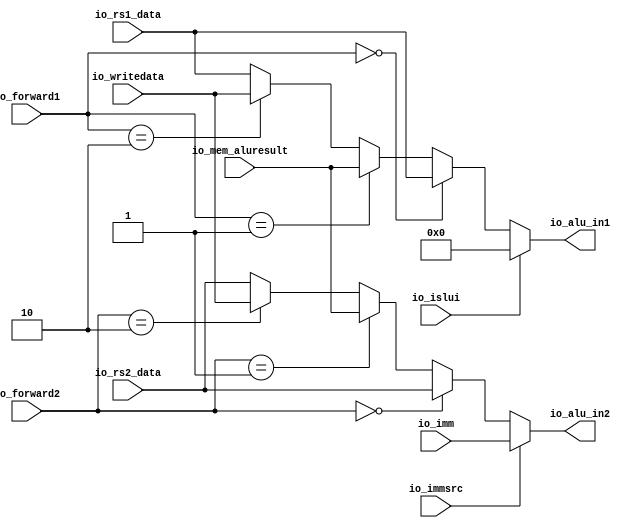
module AluSelect(
  input  [31:0] io_rs1_data,
  input  [31:0] io_rs2_data,
  input  [31:0] io_imm,
  input  [31:0] io_mem_aluresult,
  input  [31:0] io_writedata,
  input         io_immsrc,
  input         io_islui,
  input  [1:0]  io_forward1,
  input  [1:0]  io_forward2,
  output [31:0] io_alu_in1,
  output [31:0] io_alu_in2
);
  wire  _select1_T = io_forward1 == 2'h0; // @[aluselect.scala 21:18]
  wire  _select1_T_1 = io_forward1 == 2'h1; // @[aluselect.scala 22:18]
  wire  _select1_T_2 = io_forward1 == 2'h2; // @[aluselect.scala 23:18]
  wire [31:0] _select1_T_3 = _select1_T_2 ? io_writedata : io_rs1_data; // @[Mux.scala 101:16]
  wire [31:0] _select1_T_4 = _select1_T_1 ? io_mem_aluresult : _select1_T_3; // @[Mux.scala 101:16]
  wire [31:0] select1 = _select1_T ? io_rs1_data : _select1_T_4; // @[Mux.scala 101:16]
  wire  _select2_T = io_forward2 == 2'h0; // @[aluselect.scala 29:18]
  wire  _select2_T_1 = io_forward2 == 2'h1; // @[aluselect.scala 30:18]
  wire  _select2_T_2 = io_forward2 == 2'h2; // @[aluselect.scala 31:18]
  wire [31:0] _select2_T_3 = _select2_T_2 ? io_writedata : io_rs2_data; // @[Mux.scala 101:16]
  wire [31:0] _select2_T_4 = _select2_T_1 ? io_mem_aluresult : _select2_T_3; // @[Mux.scala 101:16]
  wire [31:0] select2 = _select2_T ? io_rs2_data : _select2_T_4; // @[Mux.scala 101:16]
  assign io_alu_in1 = io_islui ? 32'h0 : select1; // @[aluselect.scala 25:20]
  assign io_alu_in2 = io_immsrc ? io_imm : select2; // @[aluselect.scala 33:20]
endmodule
module ALU(
  input  [31:0] io_alu_in1,
  input  [31:0] io_alu_in2,
  input  [3:0]  io_aluop,
  output        io_zero,
  output [31:0] io_alu_result
);
  wire [31:0] add_result = io_alu_in1 + io_alu_in2; // @[alu.scala 13:31]
  wire [31:0] sub_result = io_alu_in1 - io_alu_in2; // @[alu.scala 14:31]
  wire [31:0] xor_result = io_alu_in1 ^ io_alu_in2; // @[alu.scala 15:31]
  wire [31:0] or_result = io_alu_in1 | io_alu_in2; // @[alu.scala 16:30]
  wire [31:0] and_result = io_alu_in1 & io_alu_in2; // @[alu.scala 17:31]
  wire [62:0] _GEN_0 = {{31'd0}, io_alu_in1}; // @[alu.scala 18:31]
  wire [62:0] sll_result = _GEN_0 << io_alu_in2[4:0]; // @[alu.scala 18:31]
  wire [31:0] srl_result = io_alu_in1 >> io_alu_in2[4:0]; // @[alu.scala 19:31]
  wire [31:0] sra_result = $signed(io_alu_in1) >>> io_alu_in2[4:0]; // @[alu.scala 20:60]
  wire  slt_result = $signed(io_alu_in1) < $signed(io_alu_in2); // @[alu.scala 21:38]
  wire  sltu_result = io_alu_in1 < io_alu_in2; // @[alu.scala 22:32]
  wire [31:0] _io_alu_result_T_1 = 4'h0 == io_aluop ? add_result : 32'h0; // @[Mux.scala 81:58]
  wire [31:0] _io_alu_result_T_3 = 4'h1 == io_aluop ? sub_result : _io_alu_result_T_1; // @[Mux.scala 81:58]
  wire [31:0] _io_alu_result_T_5 = 4'h2 == io_aluop ? xor_result : _io_alu_result_T_3; // @[Mux.scala 81:58]
  wire [31:0] _io_alu_result_T_7 = 4'h3 == io_aluop ? or_result : _io_alu_result_T_5; // @[Mux.scala 81:58]
  wire [31:0] _io_alu_result_T_9 = 4'h4 == io_aluop ? and_result : _io_alu_result_T_7; // @[Mux.scala 81:58]
  wire [62:0] _io_alu_result_T_11 = 4'h5 == io_aluop ? sll_result : {{31'd0}, _io_alu_result_T_9}; // @[Mux.scala 81:58]
  wire [62:0] _io_alu_result_T_13 = 4'h6 == io_aluop ? {{31'd0}, srl_result} : _io_alu_result_T_11; // @[Mux.scala 81:58]
  wire [62:0] _io_alu_result_T_15 = 4'h7 == io_aluop ? {{31'd0}, sra_result} : _io_alu_result_T_13; // @[Mux.scala 81:58]
  wire [62:0] _io_alu_result_T_17 = 4'h8 == io_aluop ? {{62'd0}, slt_result} : _io_alu_result_T_15; // @[Mux.scala 81:58]
  wire [62:0] _io_alu_result_T_19 = 4'h9 == io_aluop ? {{62'd0}, sltu_result} : _io_alu_result_T_17; // @[Mux.scala 81:58]
  assign io_zero = io_alu_in1 == io_alu_in2; // @[alu.scala 24:26]
  assign io_alu_result = _io_alu_result_T_19[31:0]; // @[alu.scala 26:17]
endmodule
module TargetGen(
  input  [31:0] io_ex_pc,
  input  [31:0] io_imm,
  input  [31:0] io_alu_result,
  input         io_pcsel,
  input         io_rdsel,
  output [31:0] io_reg_pc,
  output [31:0] io_target_pc
);
  wire [31:0] _io_target_pc_T_1 = io_ex_pc + io_imm; // @[targetgen.scala 17:30]
  wire [31:0] _io_reg_pc_T_3 = io_ex_pc + 32'h4; // @[targetgen.scala 23:27]
  assign io_reg_pc = io_rdsel ? _io_target_pc_T_1 : _io_reg_pc_T_3; // @[targetgen.scala 20:26 21:15 23:15]
  assign io_target_pc = io_pcsel ? io_alu_result : _io_target_pc_T_1; // @[targetgen.scala 14:26 15:18 17:18]
endmodule
module Execute(
  input         clock,
  input         reset,
  input         io_csr_read,
  input         io_csr_write,
  input  [11:0] io_csr_address,
  input  [3:0]  io_ecause_in,
  input         io_exception_in,
  input         io_mret_in,
  input         io_wfi_in,
  input  [31:0] io_ex_pc,
  input  [3:0]  io_aluop,
  input         io_immsrc,
  input         io_isbranch,
  input         io_memread,
  input         io_memwrite,
  input         io_regwrite,
  input  [1:0]  io_memtoreg,
  input         io_pcsel,
  input         io_rdsel,
  input         io_isjump,
  input         io_islui,
  input  [31:0] io_rs1_data,
  input  [31:0] io_rs2_data,
  input  [31:0] io_imm,
  input  [31:0] io_funct3,
  input  [4:0]  io_ex_rs1,
  input  [4:0]  io_ex_rd,
  output [31:0] io_mem_pc,
  output [31:0] io_target_pc,
  input  [31:0] io_csr_read_data,
  input         io_readable,
  input         io_writeable,
  output [31:0] io_csr_read_data_out,
  output        io_csr_write_enable_out,
  output [11:0] io_csr_write_address_out,
  output [31:0] io_csr_write_data_out,
  output [3:0]  io_ecause_out,
  output        io_exception_out,
  output        io_mret_out,
  output        io_wfi_out,
  output [31:0] io_reg_pc,
  output        io_mem_isbranch,
  output        io_mem_isjump,
  output        io_mem_memread,
  output        io_mem_memwrite,
  output        io_mem_regwrite,
  output [1:0]  io_mem_memtoreg,
  output        io_mem_zero,
  output [31:0] io_mem_aluresult,
  output [31:0] io_mem_rs2_data,
  output [2:0]  io_mem_funct3,
  output [4:0]  io_mem_rd,
  input  [31:0] io_writedata,
  input  [1:0]  io_forward1,
  input  [1:0]  io_forward2,
  input         io_ex_mem_flush
);
`ifdef RANDOMIZE_REG_INIT
  reg [31:0] _RAND_0;
  reg [31:0] _RAND_1;
  reg [31:0] _RAND_2;
  reg [31:0] _RAND_3;
  reg [31:0] _RAND_4;
  reg [31:0] _RAND_5;
  reg [31:0] _RAND_6;
  reg [31:0] _RAND_7;
  reg [31:0] _RAND_8;
  reg [31:0] _RAND_9;
  reg [31:0] _RAND_10;
  reg [31:0] _RAND_11;
  reg [31:0] _RAND_12;
  reg [31:0] _RAND_13;
  reg [31:0] _RAND_14;
  reg [31:0] _RAND_15;
  reg [31:0] _RAND_16;
  reg [31:0] _RAND_17;
  reg [31:0] _RAND_18;
  reg [31:0] _RAND_19;
  reg [31:0] _RAND_20;
  reg [31:0] _RAND_21;
`endif // RANDOMIZE_REG_INIT
  wire [31:0] aluSelect_io_rs1_data; // @[execute.scala 69:25]
  wire [31:0] aluSelect_io_rs2_data; // @[execute.scala 69:25]
  wire [31:0] aluSelect_io_imm; // @[execute.scala 69:25]
  wire [31:0] aluSelect_io_mem_aluresult; // @[execute.scala 69:25]
  wire [31:0] aluSelect_io_writedata; // @[execute.scala 69:25]
  wire  aluSelect_io_immsrc; // @[execute.scala 69:25]
  wire  aluSelect_io_islui; // @[execute.scala 69:25]
  wire [1:0] aluSelect_io_forward1; // @[execute.scala 69:25]
  wire [1:0] aluSelect_io_forward2; // @[execute.scala 69:25]
  wire [31:0] aluSelect_io_alu_in1; // @[execute.scala 69:25]
  wire [31:0] aluSelect_io_alu_in2; // @[execute.scala 69:25]
  wire [31:0] alu_io_alu_in1; // @[execute.scala 70:19]
  wire [31:0] alu_io_alu_in2; // @[execute.scala 70:19]
  wire [3:0] alu_io_aluop; // @[execute.scala 70:19]
  wire  alu_io_zero; // @[execute.scala 70:19]
  wire [31:0] alu_io_alu_result; // @[execute.scala 70:19]
  wire [31:0] targetGen_io_ex_pc; // @[execute.scala 71:25]
  wire [31:0] targetGen_io_imm; // @[execute.scala 71:25]
  wire [31:0] targetGen_io_alu_result; // @[execute.scala 71:25]
  wire  targetGen_io_pcsel; // @[execute.scala 71:25]
  wire  targetGen_io_rdsel; // @[execute.scala 71:25]
  wire [31:0] targetGen_io_reg_pc; // @[execute.scala 71:25]
  wire [31:0] targetGen_io_target_pc; // @[execute.scala 71:25]
  reg  mret_out_reg; // @[execute.scala 74:29]
  reg  wfi_out_reg; // @[execute.scala 75:28]
  reg [3:0] ecause_out_reg; // @[execute.scala 76:31]
  reg  exception_out_reg; // @[execute.scala 77:34]
  reg [31:0] csr_read_data_out_reg; // @[execute.scala 78:38]
  reg  csr_write_enable_out_reg; // @[execute.scala 79:41]
  reg [11:0] csr_write_address_out_reg; // @[execute.scala 80:42]
  reg [31:0] csr_write_data_out_reg; // @[execute.scala 81:39]
  reg [31:0] reg_pc_reg; // @[execute.scala 82:27]
  reg [31:0] target_pc_reg; // @[execute.scala 83:30]
  reg [31:0] mem_pc_reg; // @[execute.scala 84:27]
  reg  mem_isbranch_reg; // @[execute.scala 85:33]
  reg  mem_isjump_reg; // @[execute.scala 86:31]
  reg  mem_memread_reg; // @[execute.scala 87:32]
  reg  mem_memwrite_reg; // @[execute.scala 88:33]
  reg  mem_regwrite_reg; // @[execute.scala 89:33]
  reg [1:0] mem_memtoreg_reg; // @[execute.scala 90:33]
  reg  mem_zero_reg; // @[execute.scala 91:29]
  reg [31:0] mem_aluresult_reg; // @[execute.scala 92:34]
  reg [31:0] mem_rs2_data_reg; // @[execute.scala 93:33]
  reg [2:0] mem_funct3_reg; // @[execute.scala 94:31]
  reg [4:0] mem_rd_reg; // @[execute.scala 95:27]
  wire  _aluSelect_io_mem_aluresult_T = mem_memtoreg_reg == 2'h0; // @[execute.scala 104:21]
  wire  _aluSelect_io_mem_aluresult_T_1 = mem_memtoreg_reg == 2'h3; // @[execute.scala 105:21]
  wire [31:0] _aluSelect_io_mem_aluresult_T_2 = _aluSelect_io_mem_aluresult_T_1 ? csr_read_data_out_reg :
    mem_aluresult_reg; // @[Mux.scala 101:16]
  wire [31:0] _csr_write_temp_T = {27'h0,io_ex_rs1}; // @[Cat.scala 31:58]
  wire [31:0] csr_write_temp = io_immsrc ? _csr_write_temp_T : io_rs1_data; // @[execute.scala 124:27]
  wire [31:0] _csr_write_out_T = io_csr_read_data | csr_write_temp; // @[execute.scala 128:35]
  wire [31:0] _csr_write_out_T_2 = ~csr_write_temp; // @[execute.scala 130:37]
  wire [31:0] _csr_write_out_T_3 = io_csr_read_data & _csr_write_out_T_2; // @[execute.scala 130:35]
  wire [31:0] _csr_write_out_T_11 = 32'h2 == io_funct3 ? _csr_write_out_T : csr_write_temp; // @[Mux.scala 81:58]
  wire [31:0] _csr_write_out_T_13 = 32'h6 == io_funct3 ? _csr_write_out_T : _csr_write_out_T_11; // @[Mux.scala 81:58]
  wire  csr_exception = io_csr_read != io_readable | io_csr_write != io_writeable; // @[execute.scala 135:53]
  wire  _ecause_out_reg_T_1 = ~io_exception_in & csr_exception; // @[execute.scala 164:48]
  wire [31:0] _GEN_20 = io_ex_mem_flush ? 32'h0 : io_funct3; // @[execute.scala 138:25 159:24 182:24]
  wire [31:0] _GEN_22 = reset ? 32'h0 : _GEN_20; // @[execute.scala 94:{31,31}]
  AluSelect aluSelect ( // @[execute.scala 69:25]
    .io_rs1_data(aluSelect_io_rs1_data),
    .io_rs2_data(aluSelect_io_rs2_data),
    .io_imm(aluSelect_io_imm),
    .io_mem_aluresult(aluSelect_io_mem_aluresult),
    .io_writedata(aluSelect_io_writedata),
    .io_immsrc(aluSelect_io_immsrc),
    .io_islui(aluSelect_io_islui),
    .io_forward1(aluSelect_io_forward1),
    .io_forward2(aluSelect_io_forward2),
    .io_alu_in1(aluSelect_io_alu_in1),
    .io_alu_in2(aluSelect_io_alu_in2)
  );
  ALU alu ( // @[execute.scala 70:19]
    .io_alu_in1(alu_io_alu_in1),
    .io_alu_in2(alu_io_alu_in2),
    .io_aluop(alu_io_aluop),
    .io_zero(alu_io_zero),
    .io_alu_result(alu_io_alu_result)
  );
  TargetGen targetGen ( // @[execute.scala 71:25]
    .io_ex_pc(targetGen_io_ex_pc),
    .io_imm(targetGen_io_imm),
    .io_alu_result(targetGen_io_alu_result),
    .io_pcsel(targetGen_io_pcsel),
    .io_rdsel(targetGen_io_rdsel),
    .io_reg_pc(targetGen_io_reg_pc),
    .io_target_pc(targetGen_io_target_pc)
  );
  assign io_mem_pc = mem_pc_reg; // @[execute.scala 197:19]
  assign io_target_pc = target_pc_reg; // @[execute.scala 196:22]
  assign io_csr_read_data_out = csr_read_data_out_reg; // @[execute.scala 191:30]
  assign io_csr_write_enable_out = csr_write_enable_out_reg; // @[execute.scala 192:33]
  assign io_csr_write_address_out = csr_write_address_out_reg; // @[execute.scala 193:34]
  assign io_csr_write_data_out = csr_write_data_out_reg; // @[execute.scala 194:31]
  assign io_ecause_out = ecause_out_reg; // @[execute.scala 189:23]
  assign io_exception_out = exception_out_reg; // @[execute.scala 190:26]
  assign io_mret_out = mret_out_reg; // @[execute.scala 187:21]
  assign io_wfi_out = wfi_out_reg; // @[execute.scala 188:20]
  assign io_reg_pc = reg_pc_reg; // @[execute.scala 195:19]
  assign io_mem_isbranch = mem_isbranch_reg; // @[execute.scala 198:25]
  assign io_mem_isjump = mem_isjump_reg; // @[execute.scala 199:23]
  assign io_mem_memread = mem_memread_reg; // @[execute.scala 200:24]
  assign io_mem_memwrite = mem_memwrite_reg; // @[execute.scala 201:25]
  assign io_mem_regwrite = mem_regwrite_reg; // @[execute.scala 202:25]
  assign io_mem_memtoreg = mem_memtoreg_reg; // @[execute.scala 203:25]
  assign io_mem_zero = mem_zero_reg; // @[execute.scala 204:21]
  assign io_mem_aluresult = mem_aluresult_reg; // @[execute.scala 205:26]
  assign io_mem_rs2_data = mem_rs2_data_reg; // @[execute.scala 206:25]
  assign io_mem_funct3 = mem_funct3_reg; // @[execute.scala 207:23]
  assign io_mem_rd = mem_rd_reg; // @[execute.scala 208:19]
  assign aluSelect_io_rs1_data = io_rs1_data; // @[execute.scala 100:25]
  assign aluSelect_io_rs2_data = io_rs2_data; // @[execute.scala 101:25]
  assign aluSelect_io_imm = io_imm; // @[execute.scala 102:20]
  assign aluSelect_io_mem_aluresult = _aluSelect_io_mem_aluresult_T ? reg_pc_reg : _aluSelect_io_mem_aluresult_T_2; // @[Mux.scala 101:16]
  assign aluSelect_io_writedata = io_writedata; // @[execute.scala 107:26]
  assign aluSelect_io_immsrc = io_immsrc; // @[execute.scala 108:23]
  assign aluSelect_io_islui = io_islui; // @[execute.scala 109:22]
  assign aluSelect_io_forward1 = io_forward1; // @[execute.scala 110:25]
  assign aluSelect_io_forward2 = io_forward2; // @[execute.scala 111:25]
  assign alu_io_alu_in1 = aluSelect_io_alu_in1; // @[execute.scala 112:18]
  assign alu_io_alu_in2 = aluSelect_io_alu_in2; // @[execute.scala 113:18]
  assign alu_io_aluop = io_aluop; // @[execute.scala 114:16]
  assign targetGen_io_ex_pc = io_ex_pc; // @[execute.scala 115:22]
  assign targetGen_io_imm = io_imm; // @[execute.scala 116:20]
  assign targetGen_io_alu_result = alu_io_alu_result; // @[execute.scala 117:27]
  assign targetGen_io_pcsel = io_pcsel; // @[execute.scala 118:22]
  assign targetGen_io_rdsel = io_rdsel; // @[execute.scala 119:22]
  always @(posedge clock) begin
    if (reset) begin // @[execute.scala 74:29]
      mret_out_reg <= 1'h0; // @[execute.scala 74:29]
    end else if (io_ex_mem_flush) begin // @[execute.scala 138:25]
      mret_out_reg <= 1'h0; // @[execute.scala 139:18]
    end else begin
      mret_out_reg <= io_mret_in; // @[execute.scala 162:22]
    end
    if (reset) begin // @[execute.scala 75:28]
      wfi_out_reg <= 1'h0; // @[execute.scala 75:28]
    end else if (io_ex_mem_flush) begin // @[execute.scala 138:25]
      wfi_out_reg <= 1'h0; // @[execute.scala 140:17]
    end else begin
      wfi_out_reg <= io_wfi_in; // @[execute.scala 163:21]
    end
    if (reset) begin // @[execute.scala 76:31]
      ecause_out_reg <= 4'h0; // @[execute.scala 76:31]
    end else if (io_ex_mem_flush) begin // @[execute.scala 138:25]
      ecause_out_reg <= 4'h0; // @[execute.scala 141:24]
    end else if (~io_exception_in & csr_exception) begin // @[execute.scala 164:30]
      ecause_out_reg <= 4'h2;
    end else begin
      ecause_out_reg <= io_ecause_in;
    end
    if (reset) begin // @[execute.scala 77:34]
      exception_out_reg <= 1'h0; // @[execute.scala 77:34]
    end else if (io_ex_mem_flush) begin // @[execute.scala 138:25]
      exception_out_reg <= 1'h0; // @[execute.scala 142:27]
    end else begin
      exception_out_reg <= _ecause_out_reg_T_1 | io_exception_in; // @[execute.scala 165:27]
    end
    if (reset) begin // @[execute.scala 78:38]
      csr_read_data_out_reg <= 32'h0; // @[execute.scala 78:38]
    end else if (io_ex_mem_flush) begin // @[execute.scala 138:25]
      csr_read_data_out_reg <= 32'h0; // @[execute.scala 143:31]
    end else begin
      csr_read_data_out_reg <= io_csr_read_data; // @[execute.scala 166:31]
    end
    if (reset) begin // @[execute.scala 79:41]
      csr_write_enable_out_reg <= 1'h0; // @[execute.scala 79:41]
    end else if (io_ex_mem_flush) begin // @[execute.scala 138:25]
      csr_write_enable_out_reg <= 1'h0; // @[execute.scala 144:34]
    end else begin
      csr_write_enable_out_reg <= io_csr_write; // @[execute.scala 167:34]
    end
    if (reset) begin // @[execute.scala 80:42]
      csr_write_address_out_reg <= 12'h0; // @[execute.scala 80:42]
    end else if (io_ex_mem_flush) begin // @[execute.scala 138:25]
      csr_write_address_out_reg <= 12'h0; // @[execute.scala 145:35]
    end else begin
      csr_write_address_out_reg <= io_csr_address; // @[execute.scala 168:35]
    end
    if (reset) begin // @[execute.scala 81:39]
      csr_write_data_out_reg <= 32'h0; // @[execute.scala 81:39]
    end else if (io_ex_mem_flush) begin // @[execute.scala 138:25]
      csr_write_data_out_reg <= 32'h0; // @[execute.scala 146:32]
    end else if (32'h7 == io_funct3) begin // @[Mux.scala 81:58]
      csr_write_data_out_reg <= _csr_write_out_T_3;
    end else if (32'h3 == io_funct3) begin // @[Mux.scala 81:58]
      csr_write_data_out_reg <= _csr_write_out_T_3;
    end else begin
      csr_write_data_out_reg <= _csr_write_out_T_13;
    end
    if (reset) begin // @[execute.scala 82:27]
      reg_pc_reg <= 32'h0; // @[execute.scala 82:27]
    end else if (io_ex_mem_flush) begin // @[execute.scala 138:25]
      reg_pc_reg <= 32'h0; // @[execute.scala 147:20]
    end else begin
      reg_pc_reg <= targetGen_io_reg_pc; // @[execute.scala 170:20]
    end
    if (reset) begin // @[execute.scala 83:30]
      target_pc_reg <= 32'h0; // @[execute.scala 83:30]
    end else if (io_ex_mem_flush) begin // @[execute.scala 138:25]
      target_pc_reg <= 32'h0; // @[execute.scala 148:23]
    end else begin
      target_pc_reg <= targetGen_io_target_pc; // @[execute.scala 171:23]
    end
    if (reset) begin // @[execute.scala 84:27]
      mem_pc_reg <= 32'h0; // @[execute.scala 84:27]
    end else if (io_ex_mem_flush) begin // @[execute.scala 138:25]
      mem_pc_reg <= 32'h0; // @[execute.scala 149:20]
    end else begin
      mem_pc_reg <= io_ex_pc; // @[execute.scala 172:20]
    end
    if (reset) begin // @[execute.scala 85:33]
      mem_isbranch_reg <= 1'h0; // @[execute.scala 85:33]
    end else if (io_ex_mem_flush) begin // @[execute.scala 138:25]
      mem_isbranch_reg <= 1'h0; // @[execute.scala 150:26]
    end else begin
      mem_isbranch_reg <= io_isbranch; // @[execute.scala 173:26]
    end
    if (reset) begin // @[execute.scala 86:31]
      mem_isjump_reg <= 1'h0; // @[execute.scala 86:31]
    end else if (io_ex_mem_flush) begin // @[execute.scala 138:25]
      mem_isjump_reg <= 1'h0; // @[execute.scala 151:24]
    end else begin
      mem_isjump_reg <= io_isjump; // @[execute.scala 174:24]
    end
    if (reset) begin // @[execute.scala 87:32]
      mem_memread_reg <= 1'h0; // @[execute.scala 87:32]
    end else if (io_ex_mem_flush) begin // @[execute.scala 138:25]
      mem_memread_reg <= 1'h0; // @[execute.scala 152:25]
    end else begin
      mem_memread_reg <= io_memread; // @[execute.scala 175:25]
    end
    if (reset) begin // @[execute.scala 88:33]
      mem_memwrite_reg <= 1'h0; // @[execute.scala 88:33]
    end else if (io_ex_mem_flush) begin // @[execute.scala 138:25]
      mem_memwrite_reg <= 1'h0; // @[execute.scala 153:26]
    end else begin
      mem_memwrite_reg <= io_memwrite; // @[execute.scala 176:26]
    end
    if (reset) begin // @[execute.scala 89:33]
      mem_regwrite_reg <= 1'h0; // @[execute.scala 89:33]
    end else if (io_ex_mem_flush) begin // @[execute.scala 138:25]
      mem_regwrite_reg <= 1'h0; // @[execute.scala 154:26]
    end else begin
      mem_regwrite_reg <= io_regwrite; // @[execute.scala 177:26]
    end
    if (reset) begin // @[execute.scala 90:33]
      mem_memtoreg_reg <= 2'h0; // @[execute.scala 90:33]
    end else if (io_ex_mem_flush) begin // @[execute.scala 138:25]
      mem_memtoreg_reg <= 2'h0; // @[execute.scala 155:26]
    end else begin
      mem_memtoreg_reg <= io_memtoreg; // @[execute.scala 178:26]
    end
    if (reset) begin // @[execute.scala 91:29]
      mem_zero_reg <= 1'h0; // @[execute.scala 91:29]
    end else if (io_ex_mem_flush) begin // @[execute.scala 138:25]
      mem_zero_reg <= 1'h0; // @[execute.scala 156:22]
    end else begin
      mem_zero_reg <= alu_io_zero; // @[execute.scala 179:22]
    end
    if (reset) begin // @[execute.scala 92:34]
      mem_aluresult_reg <= 32'h0; // @[execute.scala 92:34]
    end else if (io_ex_mem_flush) begin // @[execute.scala 138:25]
      mem_aluresult_reg <= 32'h0; // @[execute.scala 157:27]
    end else begin
      mem_aluresult_reg <= alu_io_alu_result; // @[execute.scala 180:27]
    end
    if (reset) begin // @[execute.scala 93:33]
      mem_rs2_data_reg <= 32'h0; // @[execute.scala 93:33]
    end else if (io_ex_mem_flush) begin // @[execute.scala 138:25]
      mem_rs2_data_reg <= 32'h0; // @[execute.scala 158:26]
    end else begin
      mem_rs2_data_reg <= io_rs2_data; // @[execute.scala 181:26]
    end
    mem_funct3_reg <= _GEN_22[2:0]; // @[execute.scala 94:{31,31}]
    if (reset) begin // @[execute.scala 95:27]
      mem_rd_reg <= 5'h0; // @[execute.scala 95:27]
    end else if (io_ex_mem_flush) begin // @[execute.scala 138:25]
      mem_rd_reg <= 5'h0; // @[execute.scala 160:20]
    end else begin
      mem_rd_reg <= io_ex_rd; // @[execute.scala 183:20]
    end
  end
// Register and memory initialization
`ifdef RANDOMIZE_GARBAGE_ASSIGN
`define RANDOMIZE
`endif
`ifdef RANDOMIZE_INVALID_ASSIGN
`define RANDOMIZE
`endif
`ifdef RANDOMIZE_REG_INIT
`define RANDOMIZE
`endif
`ifdef RANDOMIZE_MEM_INIT
`define RANDOMIZE
`endif
`ifndef RANDOM
`define RANDOM $random
`endif
`ifdef RANDOMIZE_MEM_INIT
  integer initvar;
`endif
`ifndef SYNTHESIS
`ifdef FIRRTL_BEFORE_INITIAL
`FIRRTL_BEFORE_INITIAL
`endif
initial begin
  `ifdef RANDOMIZE
    `ifdef INIT_RANDOM
      `INIT_RANDOM
    `endif
    `ifndef VERILATOR
      `ifdef RANDOMIZE_DELAY
        #`RANDOMIZE_DELAY begin end
      `else
        #0.002 begin end
      `endif
    `endif
`ifdef RANDOMIZE_REG_INIT
  _RAND_0 = {1{`RANDOM}};
  mret_out_reg = _RAND_0[0:0];
  _RAND_1 = {1{`RANDOM}};
  wfi_out_reg = _RAND_1[0:0];
  _RAND_2 = {1{`RANDOM}};
  ecause_out_reg = _RAND_2[3:0];
  _RAND_3 = {1{`RANDOM}};
  exception_out_reg = _RAND_3[0:0];
  _RAND_4 = {1{`RANDOM}};
  csr_read_data_out_reg = _RAND_4[31:0];
  _RAND_5 = {1{`RANDOM}};
  csr_write_enable_out_reg = _RAND_5[0:0];
  _RAND_6 = {1{`RANDOM}};
  csr_write_address_out_reg = _RAND_6[11:0];
  _RAND_7 = {1{`RANDOM}};
  csr_write_data_out_reg = _RAND_7[31:0];
  _RAND_8 = {1{`RANDOM}};
  reg_pc_reg = _RAND_8[31:0];
  _RAND_9 = {1{`RANDOM}};
  target_pc_reg = _RAND_9[31:0];
  _RAND_10 = {1{`RANDOM}};
  mem_pc_reg = _RAND_10[31:0];
  _RAND_11 = {1{`RANDOM}};
  mem_isbranch_reg = _RAND_11[0:0];
  _RAND_12 = {1{`RANDOM}};
  mem_isjump_reg = _RAND_12[0:0];
  _RAND_13 = {1{`RANDOM}};
  mem_memread_reg = _RAND_13[0:0];
  _RAND_14 = {1{`RANDOM}};
  mem_memwrite_reg = _RAND_14[0:0];
  _RAND_15 = {1{`RANDOM}};
  mem_regwrite_reg = _RAND_15[0:0];
  _RAND_16 = {1{`RANDOM}};
  mem_memtoreg_reg = _RAND_16[1:0];
  _RAND_17 = {1{`RANDOM}};
  mem_zero_reg = _RAND_17[0:0];
  _RAND_18 = {1{`RANDOM}};
  mem_aluresult_reg = _RAND_18[31:0];
  _RAND_19 = {1{`RANDOM}};
  mem_rs2_data_reg = _RAND_19[31:0];
  _RAND_20 = {1{`RANDOM}};
  mem_funct3_reg = _RAND_20[2:0];
  _RAND_21 = {1{`RANDOM}};
  mem_rd_reg = _RAND_21[4:0];
`endif // RANDOMIZE_REG_INIT
  `endif // RANDOMIZE
end // initial
`ifdef FIRRTL_AFTER_INITIAL
`FIRRTL_AFTER_INITIAL
`endif
`endif // SYNTHESIS
endmodule